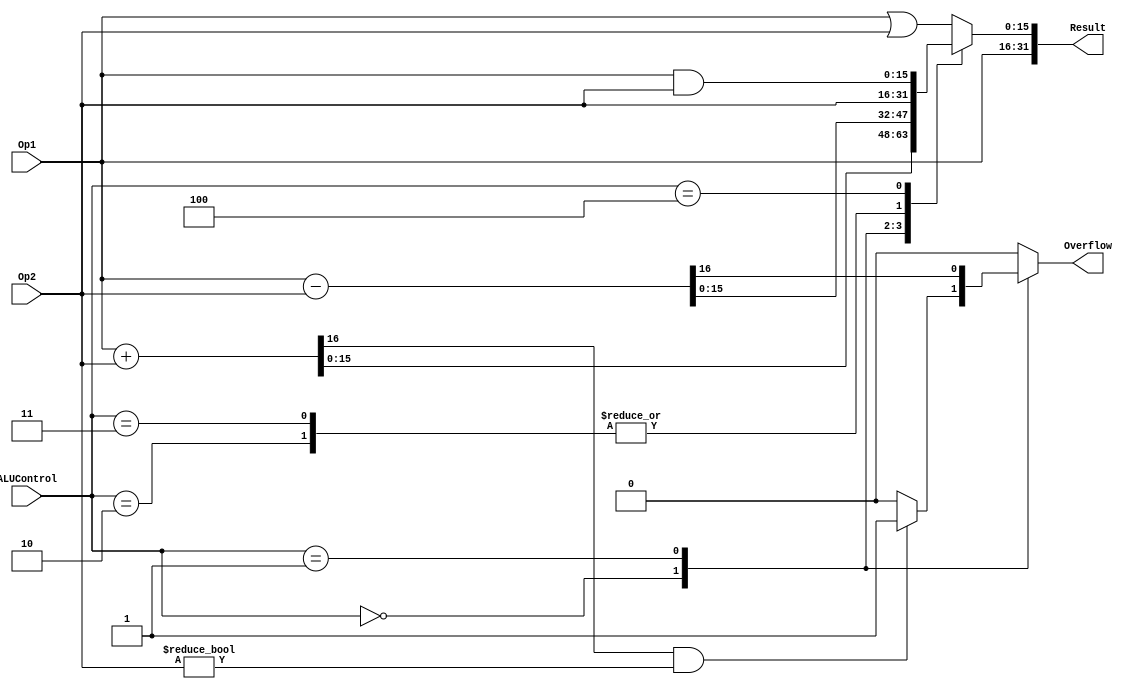
module MainALU(input signed [15:0]Op1, Op2, 
		   input [2:0] ALUControl,
		   output reg Overflow,
		   output reg signed [31:0] Result);

reg signed [16:0] Result1;
reg signed [15:0] Result2;

always @(*)
begin
	//Default:
	Overflow = 1'b0;
	case (ALUControl)
		//ADD
		3'b000: 
		begin
			Result1 = Op1 + Op2;
			//Ex 1 1000 vs 1 0000 vs 0 1101, becauase its signed
			if((Result1[16]) && (Op2!=0))
				Overflow = 1;
		end
		//SUB
		3'b001: 
		begin	
			Result1 = Op1 - Op2;
			Overflow = Result1[16];	
		end
		//MOVE
		3'b010: Result1 = Op2;
		//SWAP
		3'b011: 
		begin
			Result1 = Op2;
			Result2 = Op1;
		end
		//AND
		3'b100: Result1 = Op1 & Op2;
		//OR - 101, 110, or 111
		3'b101: Result1 = Op1 | Op2;
		default: Result1 = Op1 | Op2;
	endcase
	Result={Result2, Result1[15:0]};
end
endmodule